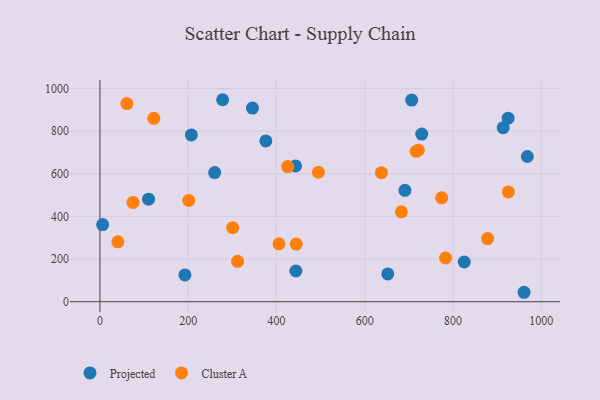
{"axis": {"x": "Study Hours", "y": "Fuel Efficiency"}, "legend": ["Cluster A", "Projected"], "data": [{"x": "110.2", "y": 480.8, "type": "Projected"}, {"x": "207.2", "y": 782.6, "type": "Projected"}, {"x": "192.6", "y": 125.5, "type": "Projected"}, {"x": "652.3", "y": 130.6, "type": "Projected"}, {"x": "376.0", "y": 754.2, "type": "Projected"}, {"x": "961.3", "y": 44.3, "type": "Projected"}, {"x": "729.3", "y": 786.6, "type": "Projected"}, {"x": "444.1", "y": 144.0, "type": "Projected"}, {"x": "443.2", "y": 636.9, "type": "Projected"}, {"x": "6.1", "y": 361.8, "type": "Projected"}, {"x": "278.1", "y": 947.5, "type": "Projected"}, {"x": "913.9", "y": 816.5, "type": "Projected"}, {"x": "706.5", "y": 946.0, "type": "Projected"}, {"x": "825.7", "y": 186.4, "type": "Projected"}, {"x": "925.1", "y": 861.0, "type": "Projected"}, {"x": "345.6", "y": 908.4, "type": "Projected"}, {"x": "260.0", "y": 605.8, "type": "Projected"}, {"x": "691.2", "y": 522.4, "type": "Projected"}, {"x": "968.7", "y": 681.1, "type": "Projected"}, {"x": "74.9", "y": 465.9, "type": "Cluster A"}, {"x": "405.8", "y": 271.8, "type": "Cluster A"}, {"x": "716.8", "y": 705.4, "type": "Cluster A"}, {"x": "925.5", "y": 514.9, "type": "Cluster A"}, {"x": "495.2", "y": 607.3, "type": "Cluster A"}, {"x": "444.9", "y": 270.2, "type": "Cluster A"}, {"x": "637.9", "y": 605.1, "type": "Cluster A"}, {"x": "61.1", "y": 929.5, "type": "Cluster A"}, {"x": "683.2", "y": 421.9, "type": "Cluster A"}, {"x": "122.1", "y": 860.4, "type": "Cluster A"}, {"x": "878.5", "y": 296.4, "type": "Cluster A"}, {"x": "783.3", "y": 205.1, "type": "Cluster A"}, {"x": "721.4", "y": 710.8, "type": "Cluster A"}, {"x": "201.3", "y": 474.9, "type": "Cluster A"}, {"x": "774.6", "y": 487.3, "type": "Cluster A"}, {"x": "312.0", "y": 189.6, "type": "Cluster A"}, {"x": "40.7", "y": 281.0, "type": "Cluster A"}, {"x": "300.8", "y": 347.1, "type": "Cluster A"}, {"x": "425.6", "y": 633.8, "type": "Cluster A"}]}